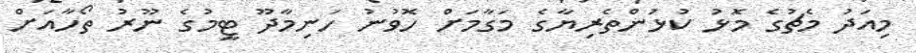
މިއަދު މެޗުގެ މޮޅު ކުޅުންތެރިޔާގެ މަގާމަށް ހޮވުނު ހަނިމާދޫ ޓީމުގެ ނޫރު ތޯހާއަށް